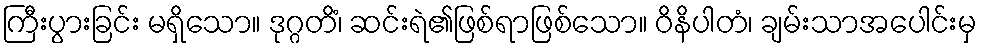
ကြီးပွားခြင်း မရှိသော။ ဒုဂ္ဂတိံ၊ ဆင်းရဲ၏ဖြစ်ရာဖြစ်သော။ ဝိနိပါတံ၊ ချမ်းသာအပေါင်းမှ